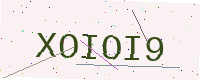
Text: XOIOI9